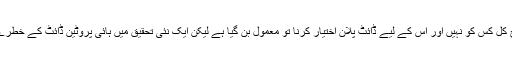
وزن کم کرنے کا شوق آج کل کس کو نہیں اور اس کے لیے ڈائٹ پلان اختیار کرنا تو معمول بن گیا ہے لیکن ایک نئی تحقیق میں ہائی پروٹین ڈائٹ کے خطرے سے خبردار کیا گیا ہے۔